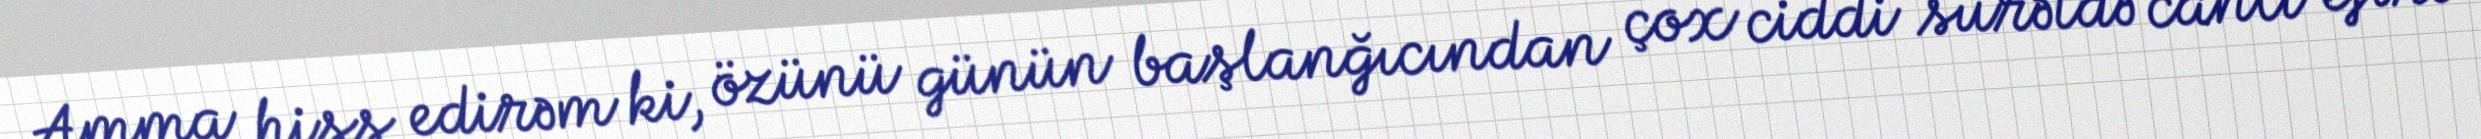
Amma hiss edirəm ki, özünü günün başlanğıcından çox ciddi surətdə canlı efirə